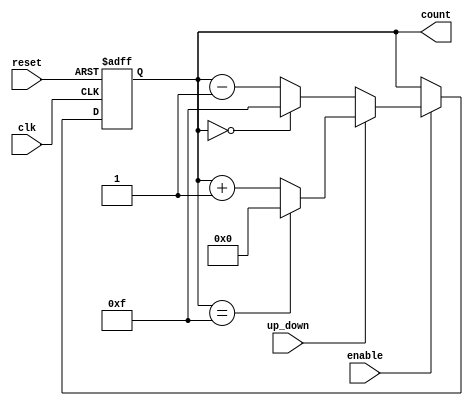
module binary_up_down_counter (
    input wire clk,          // Clock input
    input wire reset,        // Asynchronous reset
    input wire up_down,      // Control signal: 1 for Up, 0 for Down
    input wire enable,       // Control signal to enable counting
    output reg [3:0] count   // 4-bit current count value
);

    // Maximum count value for a 4-bit counter
    localparam MAX_COUNT = 4'b1111; // 15 in decimal

    // Asynchronous reset
    always @(posedge clk or posedge reset) begin
        if (reset) begin
            count <= 4'b0000; // Reset counter to 0
        end else if (enable) begin
            if (up_down) begin
                // Count Up
                if (count == MAX_COUNT) begin
                    count <= 4'b0000; // Wrap around to 0
                end else begin
                    count <= count + 1; // Increment count
                end
            end else begin
                // Count Down
                if (count == 4'b0000) begin
                    count <= MAX_COUNT; // Wrap around to MAX_COUNT
                end else begin
                    count <= count - 1; // Decrement count
                end
            end
        end
    end

endmodule